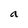
Character: a